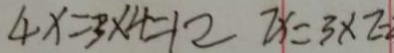
4 x = 3 \times 4 = 1 2 2 x = 3 \times 7 =